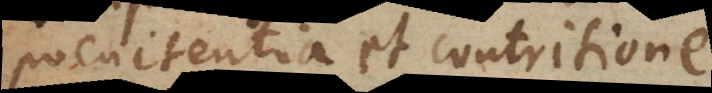
poenitentia et contritione.